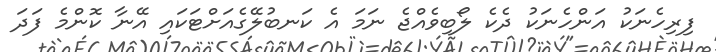
ފިރިހެނަކު އަންހެނަކު ދެކެ ލޯބިވެއްޖެ ނަމަ އެ ކަނބުލޭގެއަށްޓަކައި އޭނާ ކޮންމެ ފަދަ